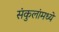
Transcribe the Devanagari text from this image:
संकुलांमध्ये